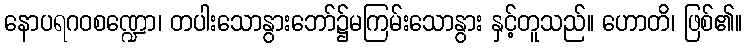
နောပရဂဝစဏ္ဍော၊ တပါးသောနွားဘော်၌မကြမ်းသောနွား နှင့်တူသည်။ ဟောတိ၊ ဖြစ်၏။